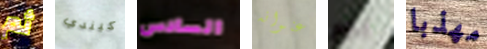
ثم كيندي السادس عنوانه يوم مهذبا